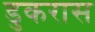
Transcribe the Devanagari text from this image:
डुकरास